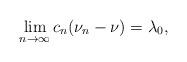
LaTeX: \begin{align*} \lim_{n\to\infty} c_n(\nu_n-\nu)=\lambda_0, \end{align*}